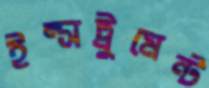
ইন্সট্রুমেন্ট